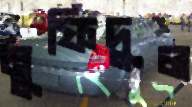
মুফিদুল